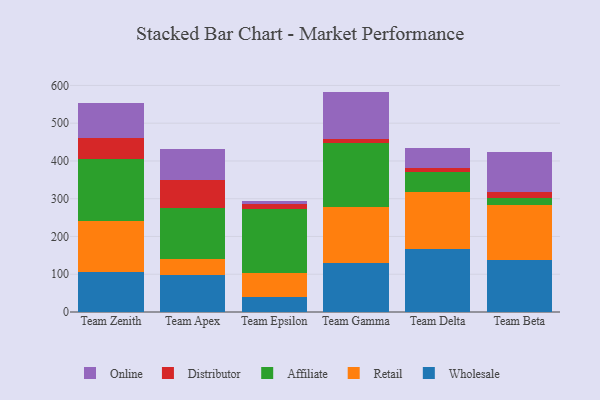
{"axis": {"x": "Team", "y": "Latency (ms)"}, "legend": ["Affiliate", "Distributor", "Online", "Retail", "Wholesale"], "data": [{"x": "Team Zenith", "y": 107.0, "type": "Wholesale"}, {"x": "Team Zenith", "y": 134.9, "type": "Retail"}, {"x": "Team Zenith", "y": 163.0, "type": "Affiliate"}, {"x": "Team Zenith", "y": 57.0, "type": "Distributor"}, {"x": "Team Zenith", "y": 92.2, "type": "Online"}, {"x": "Team Apex", "y": 98.4, "type": "Wholesale"}, {"x": "Team Apex", "y": 40.9, "type": "Retail"}, {"x": "Team Apex", "y": 136.7, "type": "Affiliate"}, {"x": "Team Apex", "y": 72.7, "type": "Distributor"}, {"x": "Team Apex", "y": 83.6, "type": "Online"}, {"x": "Team Epsilon", "y": 39.4, "type": "Wholesale"}, {"x": "Team Epsilon", "y": 64.1, "type": "Retail"}, {"x": "Team Epsilon", "y": 168.2, "type": "Affiliate"}, {"x": "Team Epsilon", "y": 13.3, "type": "Distributor"}, {"x": "Team Epsilon", "y": 7.7, "type": "Online"}, {"x": "Team Gamma", "y": 128.8, "type": "Wholesale"}, {"x": "Team Gamma", "y": 149.5, "type": "Retail"}, {"x": "Team Gamma", "y": 170.5, "type": "Affiliate"}, {"x": "Team Gamma", "y": 8.9, "type": "Distributor"}, {"x": "Team Gamma", "y": 126.0, "type": "Online"}, {"x": "Team Delta", "y": 166.2, "type": "Wholesale"}, {"x": "Team Delta", "y": 151.5, "type": "Retail"}, {"x": "Team Delta", "y": 54.2, "type": "Affiliate"}, {"x": "Team Delta", "y": 10.7, "type": "Distributor"}, {"x": "Team Delta", "y": 52.6, "type": "Online"}, {"x": "Team Beta", "y": 137.1, "type": "Wholesale"}, {"x": "Team Beta", "y": 147.1, "type": "Retail"}, {"x": "Team Beta", "y": 17.3, "type": "Affiliate"}, {"x": "Team Beta", "y": 17.2, "type": "Distributor"}, {"x": "Team Beta", "y": 104.8, "type": "Online"}]}